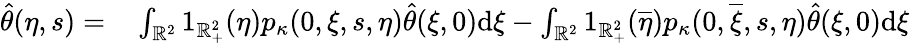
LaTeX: \begin{array}{rl}{\hat{\theta}(\eta,s)=}&{{}\int_{\mathbb{R}^{2}}1_{\mathbb{R}_{+}^{2}}(\eta)p_{\kappa}(0,\xi,s,\eta)\hat{\theta}(\xi,0)\mathrm{d}\xi-\int_{\mathbb{R}^{2}}1_{\mathbb{R}_{+}^{2}}(\overline{{\eta}})p_{\kappa}(0,\overline{{\xi}},s,\eta)\hat{\theta}(\xi,0)\mathrm{d}\xi}\end{array}